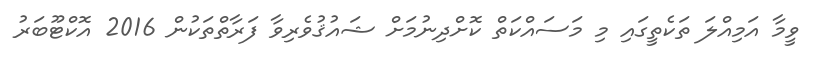
ވީމާ އަމިއްލަ ތަކެތީގައި މި މަސައްކަތް ކޮށްދިނުމަށް ޝައުޤުވެރިވާ ފަރާތްތަކުން 2016 އޮކްޓޫބަރު